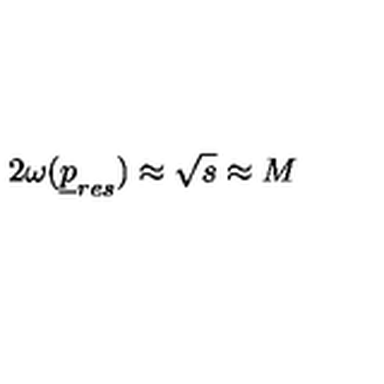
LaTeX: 2 \omega ( { \underline { p } } _ { r e s } ) \approx \sqrt s \approx M